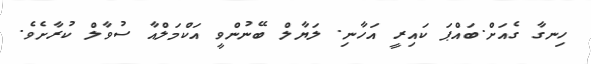
ހިނގާ ގެއަށް.ބައްޕަ ކައިރީ އަހާނި. ލަޔާލް ބޭނުންވީ އަކްމަލްއާ ސުވާލް ކުރާށެވެ.